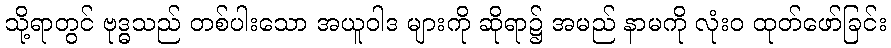
သို့ရာတွင် ဗုဒ္ဓသည် တစ်ပါးသော အယူဝါဒ များကို ဆိုရာ၌ အမည် နာမကို လုံးဝ ထုတ်ဖော်ခြင်း